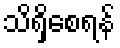
သိရှိစေရန်